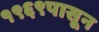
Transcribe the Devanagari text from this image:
१९६९पासून